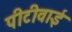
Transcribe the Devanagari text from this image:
पीटीवाई